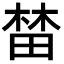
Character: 榃